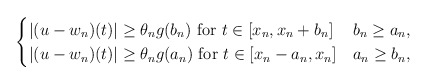
\begin{align*}\begin{cases}|(u - w_n) (t)| \geq \theta_n g(b_n)\ \textrm{for}\ t \in [x_n, x_n + b_n] & b_n \geq a_n,\\|(u - w_n) (t)|\geq \theta_n g(a_n) \ \textrm{for}\ t \in [x_n - a_n, x_n] & a_n \geq b_n,\end{cases}\end{align*}